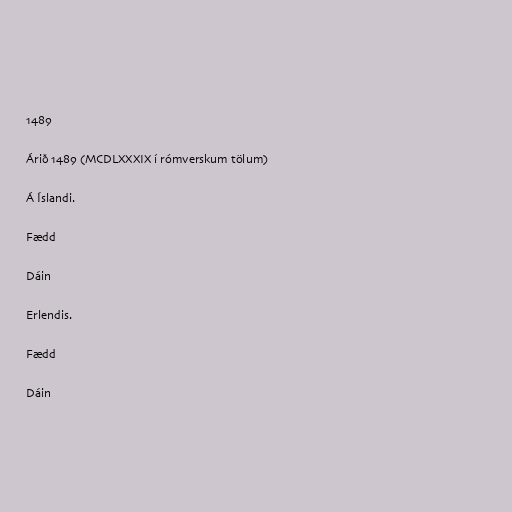
1489

Árið 1489 (MCDLXXXIX í rómverskum tölum)

Á Íslandi.

Fædd

Dáin

Erlendis.

Fædd

Dáin